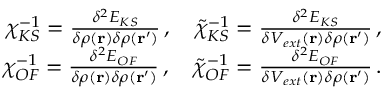
\begin{array} { r } { \chi _ { K S } ^ { - 1 } = \frac { \delta ^ { 2 } E _ { K S } } { \delta \rho ( \mathbf { r } ) \delta \rho ( \mathbf { r ^ { \prime } } ) } \, , \quad \tilde { \chi } _ { K S } ^ { - 1 } = \frac { \delta ^ { 2 } E _ { K S } } { \delta V _ { e x t } ( \mathbf { r } ) \delta \rho ( \mathbf { r ^ { \prime } } ) } \, , } \\ { \chi _ { O F } ^ { - 1 } = \frac { \delta ^ { 2 } E _ { O F } } { \delta \rho ( \mathbf { r } ) \delta \rho ( \mathbf { r ^ { \prime } } ) } \, , \quad \tilde { \chi } _ { O F } ^ { - 1 } = \frac { \delta ^ { 2 } E _ { O F } } { \delta V _ { e x t } ( \mathbf { r } ) \delta \rho ( \mathbf { r ^ { \prime } } ) } \, . } \end{array}